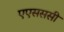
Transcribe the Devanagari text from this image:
एएसससी